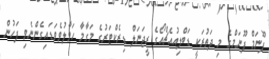
ޕޫނަމް ޕޫނަމްގެ މި ދަތުރަކީ ޑަބްލިއުއެޗްއޯގެ ރީޖަނަލް ޑިރެކްޓަރުގެ މަގާމާ ހަވާލުވެވަޑައިގެންނެވި ފަހުން